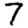
Digit: 7